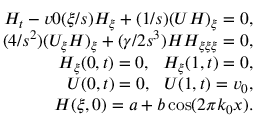
\begin{array} { r } { H _ { t } - v 0 ( \xi / s ) H _ { \xi } + ( 1 / s ) ( U H ) _ { \xi } = 0 , } \\ { ( 4 / s ^ { 2 } ) ( U _ { \xi } H ) _ { \xi } + ( \gamma / 2 s ^ { 3 } ) H H _ { \xi \xi \xi } = 0 , } \\ { H _ { \xi } ( 0 , t ) = 0 , \ \ H _ { \xi } ( 1 , t ) = 0 , } \\ { U ( 0 , t ) = 0 , \ \ U ( 1 , t ) = v _ { 0 } , } \\ { H ( \xi , 0 ) = a + b \cos ( 2 \pi k _ { 0 } x ) . } \end{array}